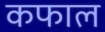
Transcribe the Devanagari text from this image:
कफाल